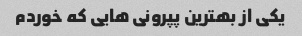
یکی از بهترین پپرونی هایی که خوردم